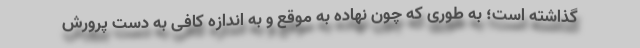
گذاشته است؛ به طوری که چون نهاده به موقع و به اندازه کافی به دست پرورش